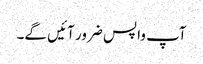
آپ واپس ضرور آئیں گے۔